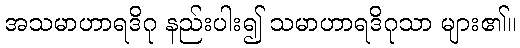
အသမာဟာရဒိဂု နည်းပါး၍ သမာဟာရဒိဂုသာ များ၏။